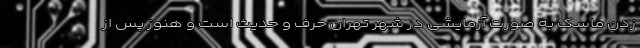
زدن ماسک به صورت آزمایشی در شهر تهران حرف و حدیث است و هنوز پس از